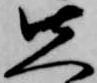
先